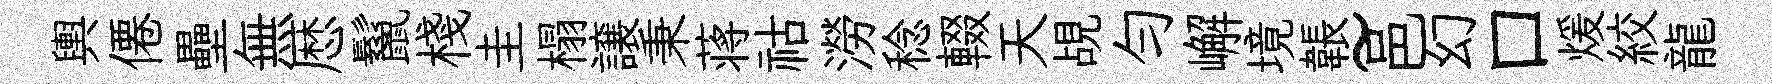
輿僊壘無厯鬣棧圭榻譲秉蒋祜澇稔輟天覘匀嶰境韔~邑幻口煖絞龍